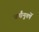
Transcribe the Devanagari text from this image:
वर्षांनुवर्षे